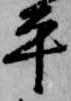
平